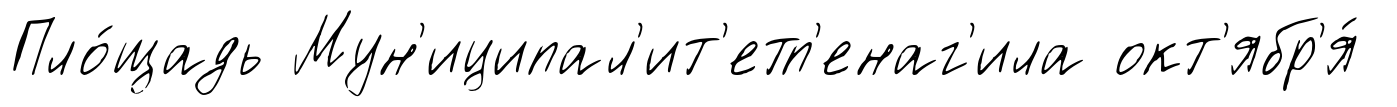
Пло́щадь Мун'иципал'ит'етп'енаг'ила окт'ябр'я́